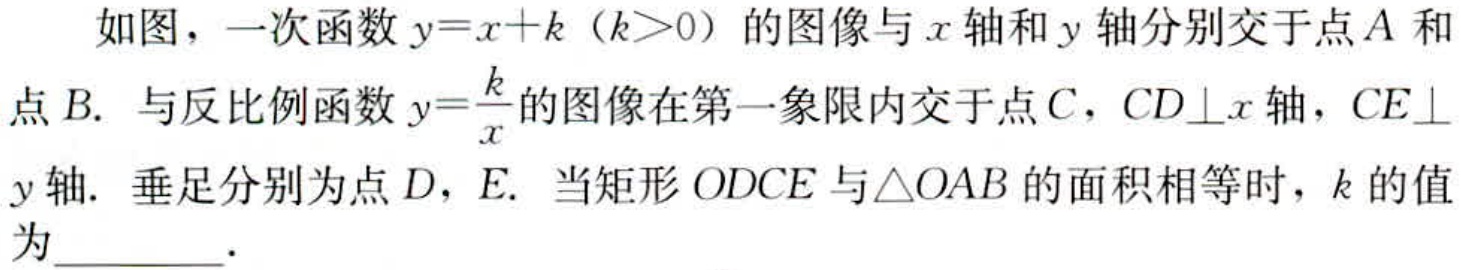
如图，一次函数\(y = x + k（k>0）\)的图像与\(x\)轴和\(y\)轴分别交于点\(A\)和点\(B\). 与反比例函数\(y=\frac{k}{x}\)的图像在第一象限内交于点\(C\)，\(CD\perp x\)轴，\(CE\perp y\)轴. 垂足分别为点\(D\)，\(E\). 当矩形\(ODCE\)与\(\triangle OAB\)的面积相等时，\(k\)的值为  ．